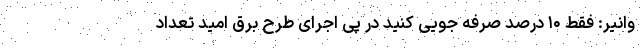
وانیر: فقط ۱۰ درصد صرفه جویی کنید در پی اجرای طرح برق امید تعداد